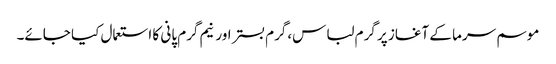
موسم سرما کے آغاز پر گرم لباس،گرم بستر اور نیم گرم پانی کا استعمال کیا جائے۔